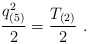
\begin{align*} { q_{(5)}^2\over 2} = {T_{(2)}\over 2}\ .\end{align*}